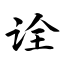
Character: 诠